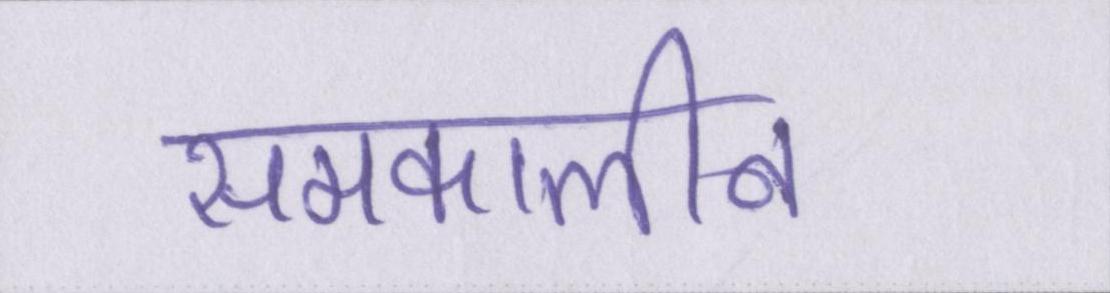
समकालीन